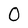
Character: 0